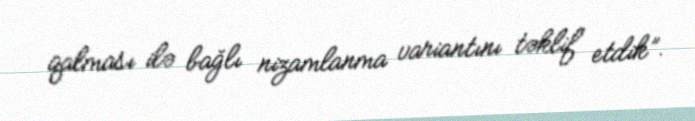
qalması ilə bağlı nizamlanma variantını təklif etdik”.